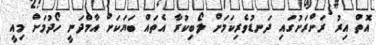
އޮތް އިރު ރަށްރަށުގައި ދަނޑުވެރިކަމަށް ލޯބިކުރާ އެތައް ބަޔަކަށް އާމްދަނީ ހޯދުމަށް މިއީ